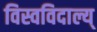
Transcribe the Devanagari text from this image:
विस्वविदाल्य्